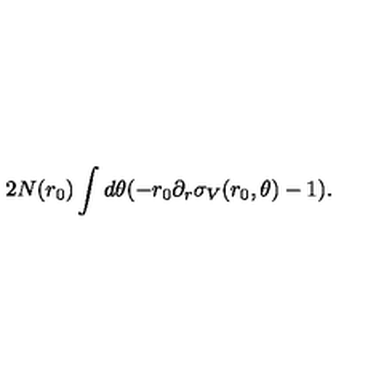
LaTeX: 2 N ( r _ { 0 } ) \int d \theta ( - r _ { 0 } \partial _ { r } \sigma _ { V } ( r _ { 0 } , \theta ) - 1 ) .